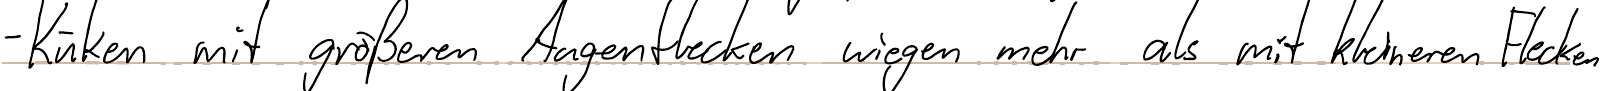
- Küken mit größeren Augenflecken wiegen mehr als mit kleineren Flecken